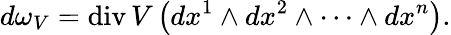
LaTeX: d\omega_{V}=\operatorname{div}V\left(dx^{1}\wedge dx^{2}\wedge\cdots\wedge dx^{n}\right).